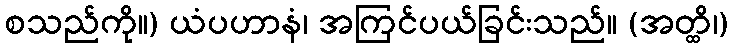
စသည်ကို။) ယံပဟာနံ၊ အကြင်ပယ်ခြင်းသည်။ (အတ္ထိ၊)